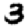
Digit: 3